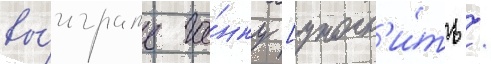
вы́играть го́нку [уточн'и́ть /